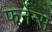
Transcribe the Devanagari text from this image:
फर्नेन्स